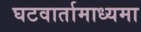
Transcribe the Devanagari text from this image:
घटवार्तामाध्यमा